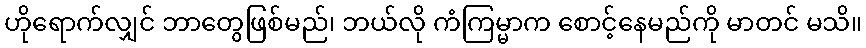
ဟိုရောက်လျှင် ဘာတွေဖြစ်မည်၊ ဘယ်လို ကံကြမ္မာက စောင့်နေမည်ကို မာတင် မသိ။